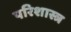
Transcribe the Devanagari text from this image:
परिशास्त्र